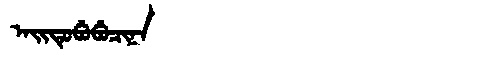
Manchu: ᠠᡳᡨᡠᠪᡠᠪᡠᠴᡳᠨᠠ
Romanization: AITUBUBUCINA